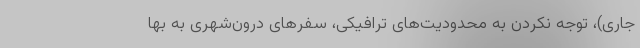
جاری)، توجه نکردن به محدودیت‌های ترافیکی، سفرهای درون‌شهری به بها